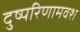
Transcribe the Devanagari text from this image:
दुष्परिणामवश